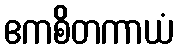
ဧကစိတကာယံ